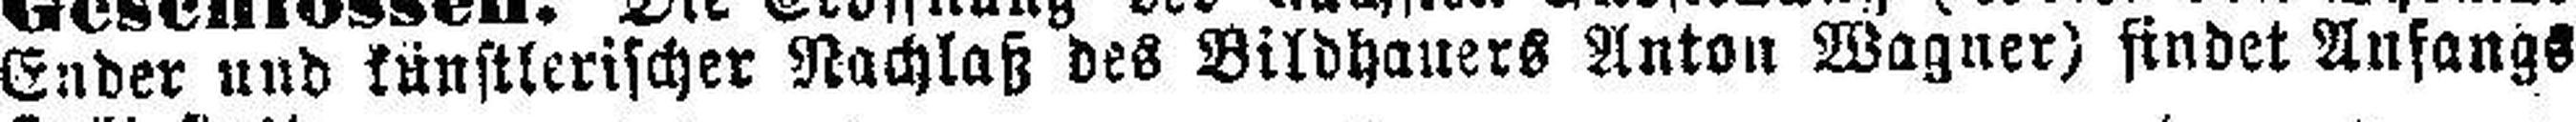
Ender und künstlerischer Nachlaß des Bildhauers Anton Wagner) findet Anfangs